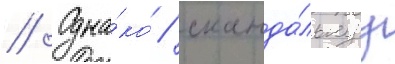
// Одна́ко / сканда́льнуу